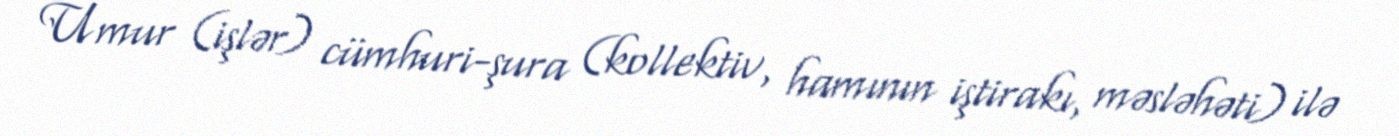
Umur (işlər) cümhuri-şura (kollektiv, hamının iştirakı, məsləhəti) ilə